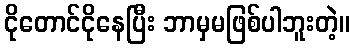
ငိုတောင်ငိုနေပြီး ဘာမှမဖြစ်ပါဘူးတဲ့။